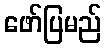
ဖော်ပြမည်